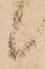
候